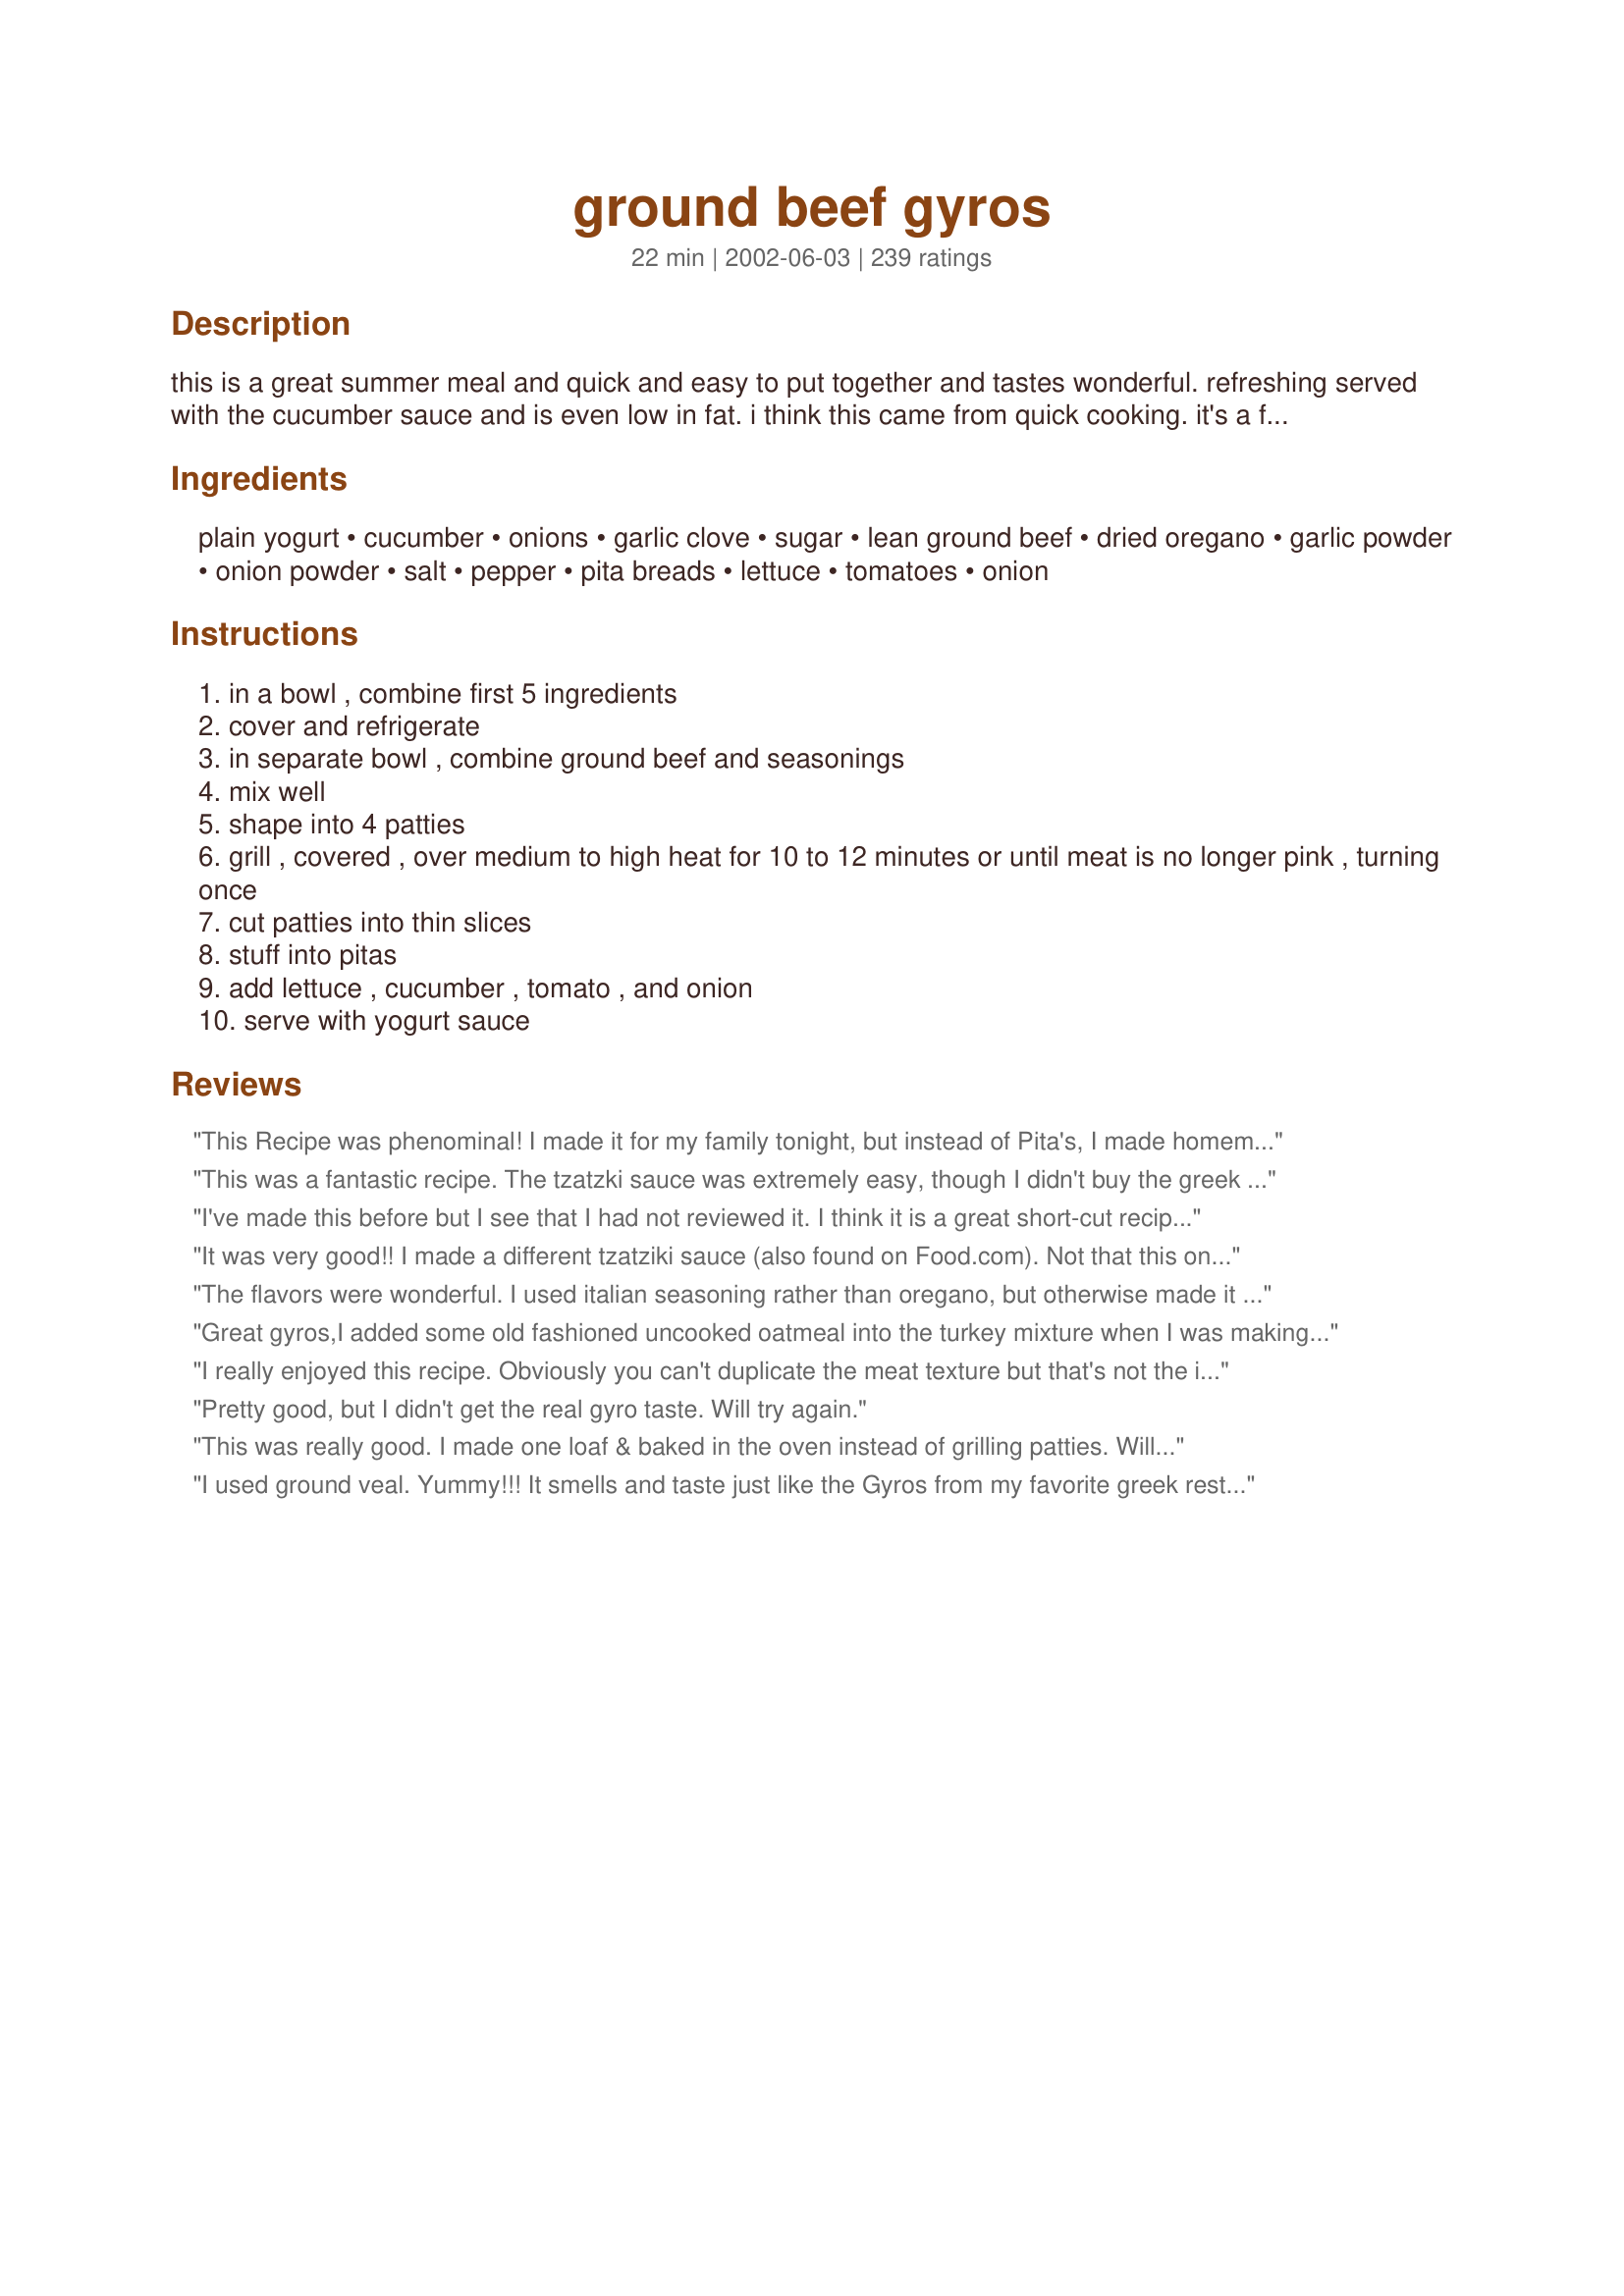
ground beef gyros
Preparation time: 22 minutes

this is a great summer meal and quick and easy to put together and tastes wonderful. refreshing served with the cucumber sauce and is even low in fat. i think this came from quick cooking. it's a favorite in our house.

Ingredients:
plain yogurt, cucumber, onions, garlic clove, sugar, lean ground beef, dried oregano, garlic powder, onion powder, salt, pepper, pita breads, lettuce, tomatoes, onion

Steps:
in a bowl , combine first 5 ingredients
cover and refrigerate
in separate bowl , combine ground beef and seasonings
mix well
shape into 4 patties
grill , covered , over medium to high heat for 10 to 12 minutes or until meat is no longer pink , turning once
cut patties into thin slices
stuff into pitas
add lettuce , cucumber , tomato , and onion
serve with yogurt sauce

Reviews:
This Recipe was phenominal! I made it for my family tonight, but instead of Pita's, I made homemade tortillas and it was great! Just like my favorite Greek Restaurant.
This was a fantastic recipe. The tzatzki sauce was extremely easy, though I didn't buy the greek yogurt I used regular plain yougurt that I allowed to drain. But the flavor was exactly what I was looking for and the recipe was extremely easy. The meat mixture was also very easy and delicious. I shaped mine into a sort of loaf and then sliced thin to serve, I baked for about 30 mins at 350 degrees. Also served this with greek pita bread recipe #203824. Thank you for posting cyrene, this was a great recipe.
I've made this before but I see that I had not reviewed it. I think it is a great short-cut recipe. The oregano really makes the difference. Today I am trying it with ground turkey and using the tip left in other reviews to knead the meat. (a little strange!) I also am baking it in the oven like a meatloaf. Tonight the oven works best but I think it will taste great either way. I'm interested to see how the texture comes out with the kneading. As written it had the texture of a hamburger.
It was very good!! I made a different tzatziki sauce (also found on Food.com). Not that this one wouldn&#039;t have been good. But the sandwich was awesome. The only substitution was I used ground turkey. I will make it again only next time try to find fresher Pita bread!!
The flavors were wonderful. I used italian seasoning rather than oregano, but otherwise made it exactly as written. The only problem I had was that the sauce, which I made up early in the day and left in the fridge, was much too runny.
Great gyros,I added some old fashioned uncooked oatmeal into the turkey mixture when I was making the patties and the texture came out really good,thank you for such a great recipe!
I really enjoyed this recipe. Obviously you can't duplicate the meat texture but that's not the important part for me. I thought the meat seasonings looked a little low so I doubled the oregano, garlic and onion powders and it turned out exactly as I would have expected. I love how easy this recipe is to make. <br/><br/>The only negative thing I have to say is that slices a hand pressed burger thinly is easier said than done! Mine sort of crumbled, but who cares it still tasted good.
Pretty good, but I didn't get the real gyro taste. Will try again.
This was really good. I made one loaf & baked in the oven instead of grilling patties. Will definitely make again.
I used ground veal. Yummy!!! It smells and taste just like the Gyros from my favorite greek restaurant. I am so glad I tried your recipe! This recipe is a keeper! Thank you very much for posting.
Yum! Served on wheat tortillas! The seasoning in the meat is great! I served them for our main meal, and feel that this recipe serves 4, not 12. I added salt to the sauce, too.
that was ok
We absolutely loved these! Easily adaptable for my family members who all have different taste. Will make again and again.
This was much better than I thought it would be. The sauce was great and the hamburger had really good flavor. My husband was really impressed and he's a chef. Thanks!
DH was loving these Gyros. He was even surprised it was ground beef. He sopped the sauce with pita and had himself about 3 helping. The meat is very flavorful...however the sauce I had some issues with. I doubled it and added 2 tsp of sugar. It was way too sweet. I panicked and started adding salt but it still was too sweet. I finally added some mayo and some Worcestershire sauce. That seemed to do the trick. I was happy the sauce turned out. It kinda of tasted like a BBQ ranch dressing. Next time going to take it easy on the sugar and will probably add some sour cream. This recipe is quick, healthy and very good. I can't wait to make it again.
Wow, this is a terrific recipe for Gyros. I wanted to use ground beef as ground lamb is so expensive and hard to find around here. You couldn't tell the difference in the taste! I think the oregano and garlic were the key. I almost added real onion instead of onion powder and am glad I didn't. Real onion would have made the meat too loose to cut into slices. Instead of making burger patties, I made it into one long low loaf and baked it in the oven at 350 for about 35 minutes. Came out perfect. It was nice and dense and as a result was very easy to slice for the sandwiches. The cucumber sauce was delish. I also used Recipe #79388 for the pita bread as it's such a delicious bread for gyros. My 11 year old dd was in heaven eating this. Thank you for posting. It will be a repeat in our home.
Tried your Gyros today and thought they were out of this world. I served them with Pita bread, grilled onions, grated cheese, lettuce and black olives. The Cucumber/Yogurt Dip went so well with it. Thanks for sharing!!
I am not going to rate this as I just didn't enjoy it at all. It tasted like a burger with suace on pita bread vs a bun.
It has possibilities. The sauce was OK, a bit bland for me. I think mint and lemon would brighten it up - a more traditional flavoring.
I love the flat pita and I did add the onion, tomato and lettuce.
The beef to me just tasted like a burger. I am going to make it again this week and add some traditional seasoning, using ground turkey and some cream and egg to give it a more softer (non burger like) texture. I think that along with the seasoning, which it needs a lot will make a difference. What I may try is making them in a small loaf and then cutting the meat. I think making them burger size really dried them out.
It is a great idea, but for me it just lacked flavor.
Sorry
Liked it, but probably would not make again as written. The cucumber sauce was a little bland, I'd leave out the sugar and do a mixture of half yogurt, half sour cream and then add some dill or mint w/a splash of lemon. The meat really held together nicely on the grill, and sliced perfectly so it looked really good presentation-wise, but it needed a flavor adjustment, maybe a Greek seasoning mix... something w/marjoram, lemon & pepper in addition to the other spices. This did smell very good when it came off the grill, and is a good alternative to a hamburger.
This was the third time I made this recipe and it was great. I did make some changes, in how it is cooked. I diced a quarter of a sweet onion and sauted it in olive oil. Then I mixed the beef up with the spices and cooked that in the pan. The result was similar to the consistency of taco meat. The taste was great and it was easier for us to handle. We just filled up the pita with meat, lettuce, tomato, sauce (which I got store bought), and feta. It was great! I added some chopped Kalamata olives to mine as well. Yum!
Thought it was crazy to even try to pass this one off on a family of true greek style gyro lovers. It worked, they loved, i laughed. They even hoped for leftovers the next day. Sorry. The sauce was not so easy to pass off, did add some sour cream adjusting, perfecto! Thank you for sharing. will be making more often. xxoo
generally speaking, I would say if you are going to try to emulate a Gyro with a mundane flavored meat like burger, you at least need to hold true to the spices that make it what it is. Marjoram, Rosemary, Thyme, Cumin etc... these are all flavors that this recipe is missing. Other than the normal 'fabulous four' of salt, pepper, garlic and onion powders this only has oregano. Not sure how this is actually supposed to represent the authentic version? You have basically created a poor mans hamburger on a pita....
These were ok. The burgers came out very moist but I thought they had too much oregano. I made the sauce as directed, but ended up adding some sour cream, salt and more garlic to make it more to our tastes. I'm giving this four stars because I really do like the idea and I will probably make these again playing around a little with the seasonings to make it more palatable to my family. Thanks for posting.
These taste amazing! I lived for many years closeto large Greek community and the best Greek resturants and bakeries. Since I've moved, I've learned how to recreate my favorites at home but I never did attempt the Gyro because I don't have easy access to lamb. If you like Gyros, you'll like this recipe. What a wonderful find. Thank you for sharing it :]
sounds bombycadonkles
I did not find that the meat had enough flavor, but the sauce was good.
I'm sorry. I just wasn't crazy about this. Not enough flavor for me. It was easy to put together, but I just don't think I will make this again.
REALLLLLLLLY good. the dressing was awesome, and the meat actually tasted similar to the gyro meat (spice-wise, just not as greasy). Although I couldn't figure out how to open the pita pockets, LOL, so they were more like "Gyro-Tacos". :) The only thing I'd try next time would be to use sweeter onions next time.
Very good. I made the meat into little meatballs and baked them as suggested by others but I found them to be a little dry. The flavor was perfect tho and DH wanted to know where I got gyro meat from. I did not use the cucumber sauce, I made my own since I know everyone likes it. Thanks for posting, I'll be making this again but next time as directed.
Not the real deal, but plenty close enough without having to drive 20 miles to get one...Flavor and texture are good...You make one big burger...What could be easier??? I like my own version of the cucumber sauce so that's what I use (posted on this site)...Will make again...
Thanks for the recipe...
These were very good. I prefer the ones on here made with Flank Steak, but these are good if I don't have the steak. Thanks for sharing!! :O)
5 stars for how easy it is to taste so good. This took almost no effort or prep. I broiled the meat in the toaster oven exactly as suggested and it was great! I feel like I didn't even cook dinner tonight, it all came together so nicely. Sometimes I am so tired after all the chopping and stirring and measuring and watching, that I don't even enjoy what I've made (I'm not one of those real chefs on this site), but this was great. Less work and healthier taste than simple burgers or beefy mac.
I love gyros and what a great way to have them. I do use tortilla shells instead of pita and sometimes just sour cream, onions and tomatoes instead of making the cucumber sauce. I have made these numerous times and have never rated it!! Its wonderful..my BF asks me to make these all time for lunches. I do make a oval meatloaf about 1" thick and bake for 350 for 30-45 mins. Sometimes I make 2-3 pounds of this! Its easier to slice in a meatloaf shape. Thanks so much for the recipe!!!
These are good. I didn't use the sauce because I didn't have yogurt..I had a recipe with sour cream. But still a thumbs up! Thanks for the recipe.
This was excellent, quick and simple. I donÂ´t think I will be using "real" meat for my gyros again.
SAUCE: 5*****, just perfect. I thought the addition of the sugar was odd (what do I know?), but is is definitely necessary. Very tasty! Thanks for posting Cyrene
My family and I loved this recipe! Although we did find the Tzatiki sauce to be to sweet and it didn't have enough cucumbers. The meat tasted EXACTLY like the lamb gyros we get from our local restaurant! Thanks for posting this recipe!!!!! We also think that the meat would make great hamburger patties.
This was an easy and tasty recipe. I added some mint and lemon juice to the tzatzki sauce (following one of the other tzatzki recipes here), but other than that made no changes. The meal was fantastic. They really taste like gyros, and I should know, I used to work in a Greek fast food place where we served them! I served this with spinach as a veg and made a complete dinner. Very tasty!
These were really good. I think next time I may try them with donair sauce instead. Thanks.
Excellent recipe enjoyed by all.I grilled the beef patties until done and served them on warm pita bread with all the toppings and rolled them up. My son said it tasted like his favorite gyro served at the mall. I did not add the sugar but used an equal amount of lemon juice as that is how I usually make tzatziki sauce. Will be making many more times.
I can't believe these tasted just like the gyros I get for take-out! My kids and I were amazed! I used ground beef and did as someone else suggested, making a flat, oval meatloaf and cooking it in the oven for half an hour or so. Let it sit for a few minutes and had no problem slicing it. And I added a bit of sour cream to the sauce, just for personal preference. Wonderful! My 11 year old ate four of them! Thank you for the wonderful dinner.
I was highly skeptical of this recipe since I've been visiting a local shop with wonderful gyros for many years now. Sadly, the shop closed last year and I've been looking for a new source for good gyros. I wasn't expecting much from something using beef instead of lamb, but it turned out extremely well! I added a bit more garlic than the recipe called for and used sirloin tip instead of cheaper ground beef. The sauce seemed to be lacking something, but I couldn't figure out what it was. Definitely a keeper though!
We absolutely LOVED this and it totally tasted like eating an authentic Gyro! I was SUPER skeptical about this recipe since I'm used to lamb gyros but I had a craving and had the beef...so I gave it a shot. I increased all seasoning in the beef by quite a bit (eyeballed it) and used Recipe #51983 (which was EXCELLENT!) for the Tzatziki. We LOVED, LOVED, LOVED it! My husband tasted the beef without the sauce and felt it tasted like a plain burger to him. I think you definitely want the sauce and the fillings to make this a true tasting Gyro. I served this with sliced onions and sliced tomatoes. No lettuce since I've never seen it served with lettuce in any of the restaurants I've eaten it in. GREAT recipe and will definitely make again. Thank you !
Very delicious! Even my Egyptian husband was impressed (which was exactly what I was going for)! I also think I overcooked the meat, but I'm still kind of a novice in the kitchen. For the sauce, I cut the sugar and added a little fresh mint. Overall, they were really a treat. I will definitely make them again.
These were very good! I made the ground beef into pita sized patties like someone else did. They reminded me of falafels in flavor and texture. The cucumber yogurt sauce was delicious!
Really good recipe! Like other reviewers, I used minced garlic and added a bit of lemon juice. I also substituted chicken for the beef. I was able to use fat-free yogurt and got the same creamy effect. Tasted just like my favorite diner's gyros! My husband asked that this be added to our dinner rotation. Yum!
Made these last night using my george forman grill to cook the patties. Followed the recipe except for adding lemon juice to the tzatziki sauce and eliminating the sugar. We all enjoyed this delightful dinner, perfect for a hot summer evening. Thanks for posting.
The sugar in the sauce is absolutely unnecessary but you must add a little Salt, Lemon zest, 1 1/2 Tbsp of the juice as well as Dill or Mint to make it authentic Tzatziki (otherwise as written it's blah/bland oh &amp; make sure you drain your cucs if you aren't using the sauce immediately bc it will get very watery/runny if you don't). In terms of the meat, if you want a real Gyro texture/look, add a half a cup of Oatmeal &amp; Knead for a couple of minutes (not 10 minutes as others suggested). No need to beat anything on the counter either (giggling at that one bc I can't imagine-20 minutes kneading &amp; beating ground meat???). The Oats will do the work for you, TRUST ME. Try adding some Allspice, Parsley &amp; Cumin to the meat mixture, they are great additions, again making it more traditional.
Nice change-of-pace sandwich idea for ground beef. We enjoyed these.
It is uncanny how much this recipe tastes like real gyro meat! My husband loved it! Next time I may sautee my onions before adding them. The sauce was wonderful too:) Thanks for posting!!!
This was grat. I shaped my patties into pita-sized portions and grilled, so they just slid right into the pita. I also doubled the recipe, using 1/2 beef and 1/2 pork and the results were marvelous.
I made this the night before last. My family loved it! My son, who really isn't a huge gyro fan, LOVED the ground beef version. I made the sauce as well and it was great, too! Will definately be making this one often.
Loved it! Used Recipe #79388 for the pita.
This was so easy to make the tasted like the real deal. The sauce was refreshing. I used Fage 0% Greek yogurt and added a little dill/lemon seasoning. Served with a greek salad, it was a fantastic meal on a hot day.
These were surprisingly yummy. I was upset when my husband ate the left overs. I added feta cheese and we ate these "open faced." That means I piled the ingredients on to the plate and put the pita on the side. I also toasted the pita in a toaster over. As suggested by another reviewer I added about 1 tsp of lemon juice to the sauce. I'll make this again!
I hate giving low stars but I was so excited to make these tonight but I didnt love them like I thought I would =[ The sauce wasnt that great to me and didnt really have that taste that im used to, and it was a bit runny. I grilled the ground beef on my George Foreman grill but it didnt have enough flavor....it needed more spices for my tastebuds. But I will say that it was a starting point and I will try and make homemade gyros again maybe with another sauce recipe and probaly with ground lamb with a bit more spices to it.
These were really good. My entire family likes them. I doubled the ingredients for the filling, used ground turkey and baked like a meatloaf. I have made this twice in the past month. Definitely a keeper!
Was very good. I made the tzatzki and beef mixture 4 hours prior to eating to let the flavors meld. I also doubled the spices in the meat. Was very good. SO refused to eat the tzatzki, which irritated me to no end as it really makes the dish......oh well was SO's loss and my gain!! Make sure to really WORK the meat and compress tightly to ensure it slices cleanly. ENJOY!!
I hafta agree with Valerie, this is nothing more than turkeyburgers in Pita bread with yogurt sauce instead of on a bun with hamburger fixins. Not bad, but definately not worth 5 stars.
DH enjoyed this take, although he did say the meat was dry. If you're short on time just use that store-bought Greek seasoning! Just don't add any more salt. We used the tzaziki sauce found on this website instead of the one included with this recipe, at the advice of other reviewers. It was all great! This will become part of our rotation for sure.
WONDERFUL!!! I have made several times and they are always soooo good. Have also made w/ ground turkey. I like to add a pinch of thyme, cinnamon,and allspice to the filling. For the sauce, I use greek yogurt (thicker), omit the sugar, and add a little evoo, salt, and lemon juice. I use my George Foreman Grill and they are perfect everytime! I serve w/ roasted potatoes seasoned w/ greek seasoning and you can't ask for anything better-yum!!!
Delicious! Since a lot of reviewers were complaining about the hamburger taste, I added half of a ground zucchini to the meat. It turned out great! I also made homemade flour tortillas #204109, which are better than pitas any store bought tortillas. For the sauce, I used recipe # 129930 since I had all of its ingredients on hand. The only other change I made was to add feta cheese. It came together well! Next time I&#039;ll add banana peppers and kalamata olives. Thanks!
A great and simple recipe when I'm having a Greek craving! The meat is extremely flavorful and makes the dish perfect. (We did ours under our broiler - no grill!) I actually decided to go a little bit crazy and make pizzas by adding some ricotta cheese, spinach and black olives along with the meat on top of the pita breads and baking them in the oven for a few minutes. Used the tzatziki sauce drizzled over the tops. Definitely a keeper - thanks so much for the idea!
This was fabulous!! I used the cucumber sauce from "chicken gyros for 2" except that I used 1/4 tsp minced garlic & used basil instead of dill. I made this into a "wrap" with a whole wheat tortilla, and used lettuce & some red onion. I used only a little garlic salt. It was a very "full" wrap, but so delicious. I was so crazy for the cucumber sauce; really added great flavor. Will have again for sure!!
This made a great meal and was quick to make. I liked the yogurt sauce..very tasty. I over-cooked the beef a little on the stovetop but it was still great. Thanks for posting this!
I like this a lot, especially the sauce. For some reason though, the meat wasn't as flavorful, even though the ingredients used are fairly strong ones. If I make this again, I think I might double up on the seasonings. Even still, it was a nice change from normal lunch sandwiches. Thanks for the recipe :)
A simple, easy weeknight meal. I made it with arabian pita bread (Recipe #17977). The yogurt sauce was excellent. After we ran out of the beef we continued to dip the pita in the sauce. The family declared the sauce "da bomb".
I used another recipe for the tzatziki sauce. But the meat was delicious! I made it with ground turkey, and grilled it. I made some pita bread to go with it. Even my toddler loved it! Thanks for a great recipe!
This is definitely a keeper. I used a whole cucumber (peeled and seeded) for the sauce and 8oz of sour cream instead of yogurt. I kept everything else in the sauce the same. The sour cream made it slightly too thick, so I sprinkled it sparsely with salt a few times to help draw some liquid out of the cucumbers, helping to make it a little thinner. This was perfect. I also added a few dashes of pepper to the sauce. I kept everything exactly the same for the meat patties, but I used naan from the bakery instead of pitas (next time I want to make my own naan for this). After the patties were grilled and sliced, I laid a slice (piece?) on naan on my pannini press and layered meat and thinly sliced onions on it. I put on the top naan layer and closed the press for a few minutes. After removing from the press, I added the sauce, tomatoes and lettuce between the naan and closed it back up. My husband and I lived lived in Germany for a few years and there were kabab (gyro) stands on every street corner. We fell in love with them there, and this is so close to the taste we remember. Fantastic!
Thankyou this was a great recipe! I shaped the meat mixture into a log and baked it in the oven for 35 minutes as suggested from another reviewer. I used prepared tzatsiki sauce and topped it with diced tomatoes, red onions and black olives. I will definitely be making this again...we really enjoyed it. I have uploaded a photo for you as well:)
I'm definitely won over by this recipe! I used ground beef, had trouble splitting the patties in half so served a whole pattie in a pita half as a glorified hamburger..did it ever taste good with the cucumber/yogurt mix slathered over it and all the trimmings. Actually, I used naan bread in place of pita bread which was an equal substitute since it splits down the middle same as pita..I'm going to add more trimmings next time we have this, as some other reviewers have suggested..thanks for this recipe!
This was very easy and tasted wonderful...my better half ate all the patties and declared it a winner in his book.
Used ground turkey and this was fantastic! Thanks so much for giving us a healthy option for a craveable treat!
After experimenting a bit with this recipe, I have found that using half ground chuck, half ground lamb, mixing up the meat with the seasonings and letting it sit in the fridge over night, works the best. For the tzatziki sauce, I buy it at Trader Joe's. Thanks, Cyrene.
Oh my goodness! This was wonderful, yummy and so easy! I was thinking about gyros all day, but didn't have any lamb. Luckily I found this recipe, and am so glad that I did! I quickly used the leftovers to make myself another pita for lunch tomorrow... unless I eat it before then... it's just that good! Thanks so much! :)
Beyond bland, all the way around.
Quick and easy! These will be a staple in my house from now on! DH2B liked the sauce- even though he doesn't really care for onions or cukes. Silly man! These hold up well for left overs too.
The cucumber sauce was very good. I increased the garlic to 4 and it was the best tzaziki-type sauce I have had in a long time. I wasn't overly crazy about the gyros themselves with ground beef - I think they would be much better with chicken and will modify accordingly next time. Thanks for sharing.
Yum! I love gyros and don't feel like going to the mall just to get one (why don't we have Greek drive-thrus? lol). So, I tried this and it was very good. I was surprised I must admit. I served them with tomato and onion and the sauce with a nice greek salad. Delicious!
Excellent!!!
Love Love Love this recipe! I love gyros and this lets us have them without all of the fuss.
This was great and done in around 30 mins. So easy and totally satisfied my gyro craving. I recommend using Greek style plain yogurt for better sauce consistency. Also, I added a splash of lemon juice to the sauce. Otherwise, followed the recipe exactly. This has made it way into the rotation!
Delicous and easy! I also use Morning Star Farms burgers seasoned with Greek spices in place of the meat when in a time crunch. We have this dish at least once a month. It's such a healthy all in one meal. Thanks!
What a nice change of pace from hamburgers! My entire family enjoyed this meal. I took the advice of other reviewers and prepared the sauce and the meat a few hours in advance so the flavors were enhanced. I think I may try this recipe with boneless chicken breasts!
We LOVED this!! It was very good, and even my 2 1/2 yr old ate a lot of it, and she is SO picky! My 14 month old liked it too!! (in very small bits!) DH thought it would be hard to cut so he wanted to just crumble it, but I made him try, and he said it was so easy to slice it! We will use this again for sure, but we'll 1/2 the sauce next time, tastes great, it's just too much for us!
I can't believe it....we raise cattle, so I never had any use for turkey burgers, but age is forcing a diet change and I made with ground turkey. This was great! Although I altered Yogurt Sauce, replaced sugar and onions with dill and lemon, onion seemed a bit redundant since it was a garnish in the pita. Wife and three teenage kids enjoyed very much and appreciate a healthier lunch. Thank you
I was excited to make this but they turned out just "meh" I think mine would have been improved if: I had used a higher fat content meat and/or maybe tossed some chopped onion in the patties. Also I used whole wheat pitas and that was a bad choice. It contributed to the dryness. The sauce was excellent, however it didn't compensate for an overall dry dining experience
TRULY OUTSTANDING!!! I love gyros, I never thought I could get that same taste at home with ground beef, with this recipe you can. I followed the recipe exactly, however I did use ground beef not turkey, they were perfect. Thanks for sharing.
Very Yummy!!!! I sliced my patties and stuffed in pocket. I have told everyone about this wonderful recipe.
Wonderful, just wonderful!! My entire family loved this, even my dd.
Oh yes! I love gyros and haven't had them in so long. This recipe is wonderful; I can't believe how much they tasted like the real thing, even though they are made with ground beef. I added 2 tablespoons of sour cream to the sauce (and even a non-cucumber eater ate it and said he should have put more on it). I broiled the patties in the oven, cause I was too lazy to start up the grill. I also added some cubed feta cheese to it, served in flat bread instead of pita bread alongside a simple Greek salad. I managed to beat everyone off so I could have the last one for lunch today; I too will have to make a double batch next time. Thanks for a wonderful recipe!
this was amazingly good! my husband and I ooooed and aahhhhed all thru lunch! We added a little hot sauce on top for anyone who likes spicy. Also good with oven baked fries!
We really enjoyed these. The spices for the beef were just right and the yogurt sauce was very yummy. This is a good recipe for ground beef!
This was a delicious recipe, the only reason why I gave it four stars is because I had to make some modifications as suggested by other reviewers. For the meat, the smell wasn't quite there (pre-cooked) so I added some cumin, italian seasoning, oregano, onion salt, black pepper, and garlic powder. Then as suggested by another reviewer I kneaded the meat for about 10 minutes and pounded it on the counter for 10 minutes (I believed this gave it the gyro rotisserie look, as my first batch I omitted this step and it resembled a cooked meatloaf texture) forming afterwards into a rectangle loaf. <br/>Now for the Tzatziki sauce: I used 8oz of plain greek yogurt, minced cucumber/garlic (used about 3 cloves), salt/pepper, and a pinch of dill (might use a little lemon juice next time).<br/>Aside from that we topped them off with baby spring salad mix, tomatoes, feta cheese on grilled Naan bread (which I brushed with homemade bread oil).
We really enjoyed this dish! I doubled the sauce and used the leftovers as a salad dressing - yum!
WE LUV Gyro's, so I made these for supper tonite & they were pretty tasty!. I thought the sauce was a bit weak tasting from what I'm used to at the local Greek restaurant, so I doubled the cucumber, added a tsp. of kosher salt & a few herbs...PERFECT!!! The wife isn't crazy about anything "turkey" & I couldn't find any ground lamb, so I used ground beef. I've never had lettuce on a Gyro, so I omitted that. Other than that, 4 STARS & will DEFFO make again, but with ground lamb....I hope. THANKS for sharing!!!
I have a tip for the sauce. Take a soft thin cotton material, place it in a colander, and empty the yogurt into it. Cover the yogurt with the material, and squeeze. Place the yogurt into the fridge for a couple of hours. Transfer the yogurt to a bowl and add olive oil, salt, and lemon juice to the recipe, and omit the onions and sugar.
This was a hit! Thanks. Although I used a different recipe for the tzatziki, the meat turned out great and really tasted authentic :D
This was great, I can survive when we move back to the states. The patties are super easy to make, but will have to double the recipe next time. I used a different tatziki recipe as this one didn't sound like the tatziki I am use to, I used a little olive oil and vinegar eliminating the sugar.
My family loved this, they already asked me to make more to keep on hand(hoping it freezes easily, I will update that later).We also made the Greek pita bread ourselves so I thought it really compared to take out with a far greater savings. I thought the sauce really made the dish. Thanks for sharing.
WOW! WOWOWOWOWOW! This was KILLER! Only change I made was a touch of salt and lemon juice to the sauce....personal preference. I used extra lean ground beef and it was super juicy and flavorful. Prepared with 1/2 pita, fat free yogurt and extra lean ground beef was only 7 Weight Watcher points. OUTSTANDING!!!
Its fast and so yummy! I love making this in the summer. Refreshing.
This was great. I added fresh mint to the tzaziki sauce, and used honey instead of sugar. I also used fresh garlic and extra herbs in the beef mixture. The recipe says it serves 12, but one pound of beef just doesn't go that far in my house - it ended up making about 5 servings. Thanks for the yummy and easy recipe Cyrene!
We just didn't like any part of this. Sorry.
I have made this a couple times now and it is great! The only thing that I do different is the sauce, I grate the cucumbers and then squeeze as much juice as possible out of them before mixing with the other sauce ingredients and ad a dash or two of celery salt.
These were not bad at all. I did not however make the sauce just based on our taste preference but we loved the flavor of the meat. Thanks
Used Venison for the Meat, added 1/4 tsp more of everything to the meat to help with the Taste. Was Great! We will be doing this one again! :.)
These were good for sandwich night, but I found the hamburgers a bit dry and hard to slice, but I may have left them in the broiler too long. I also bought the wrong kind of pitas - bought Greek pita bread instead of the other kind, so we just added everything on the pita and rolled them up like burritoes -- good and fillling. I also found the dressing a bit too different for our tastes - maybe next time I'll try it with sour cream instead of yogurt. These were good for a change of pace, but I think we'll go back to traditional hamburgers. Thanks for sharing!
A great meal for the summer when you don't want to use your oven!
The tzatziki sauce was not that impressive. The onions were overpowering. I had to add one tbsp of extra virgin olive oil, 1/2 tsp of salt, and 1 tbsp of fresh lemon juice. These additions helped a great deal, but still no where near the amazing sauce I get from the restaurant. The meet turned out great on the other hand.
Great recipe! Superfast and easy, the whole family enjoyed them. Wrapped some flatbread in foil and heated on the grill while the meat was cooking. Will make again. Thanks for sharing the recipe!
REVIEW ONLY FOR FILLING RECIPE: After reading some reviews, I tweaked the recipe a bit to ensure there was enough flavor; I used 1 1/2 tsps each of oregano, garlic powder & onion powder, 1/2 tsp salt, 1 tsp pepper, & a couple dashes of parsley. I broiled it as per instructions & it tasted GREAT.. it really tasted like a gyro! Served w/diced onions, tomatoes & lettuce alongside homemade onion rings for a Greek diner dinner, minus the diner! Didn't get to take a photo, but it looked just like Pam-I-Am's photo! =D Thank you for a great basic recipe to satisfy my gyro cravings!
A very tasty and easy recipe! I was pleasantly suprised to find the flavor is really like gyros! Instead of grilling the meat, I cooked it in a skillet, breaking up into coarse chunks. For the sauce, I used low-fat yogurt, and added a little lemon and pepper, but no sugar. Everyone in my family loved it!
These were great! We will definitely make them again. Thanks for the recipe!
so quick and easy, a great change from burgers. The first time i made them too large for our pitas, but practice makes perfect, and certainly look forward to many more practice runs!!
My son is impossible to feed. I made this on a George Foreman Grill, it was delicious and my son LOVED it. Yay! thanks for the great recipe.
Scrumdiddlyumpshus! I used minced garlic instead of powder, and onion salt instead of powder and salt. It's great! I wasn't overly thrilled with the sauce as I found it a bit too sweet, but maybe without so much sugar? I'll definitely make this recipe again and THANK YOU FOR SHARING IT!!!!!!!!!!!!!!!
I can't wait to try this - will try it using part ground beef and part ground lamb. I'll probably eliminate the sugar from the sauce and add some sour cream and serve on the flat pita bread not the pocket type. With a greek salad it should take me back to my favorite greek rest. the Greek Isle in Plano, TX.
I used the broiler for stated time, came out awesome, looking forward to making this again, thanks!
Something's weird here. Your recipe calls for &quot;Chopped&quot; onion and then later &quot;Chopped&quot; onion...What did you use in your picture a pick axe? Those are not &quot;chopped&quot; onions in your gyros. Why show a picture and then not be accurate with the ingredients?
Just my 2 cents worth. They are great and we really enjoyed them!
Love this recipie. I use turkey for health reasons. Great recipie when you want something good but simple. Great for entertaining.
Very good recipe. My husband and I enjoyed this. I did add a couple gernerous shakes of salt and pepper to the sauce though. We will be making this again. 
Thanks for sharing.
This was awesome. I followed this recipe exactly as written except I had to use Italian Seasoning since I didn't have Oregano. It was delicious! I used ground pork since my grocery store was practically giving it away, and it was easy to cut. This will be made many more times!
Loved this. Such a great change of pace for my family...totally going into the rotation. Just make sure you make the sauce as far ahead of time as you can. Then it really doesn't need lemon juice or other adjustments...just time in the fridge for the flavors to develop. I made individual pita size patties and broiled them in the oven for the meat portion. It worked wonderfully and my whole family enjoyed it.
Thanks for the gyro recipe! I used this recipe#59336 recipe. So my review is based on the meat only. I thought the amount of oregano was a bit overpowering. So I will reduce that next time. I also had the problem of the meat falling apart. I think I'm going to experiment and try putting 1 egg in the recipe and cooking more like a meat loaf. If that does not work I will use the other suggestions of putting into 1 large flat patty. I might even try using ground turkey because we eat that more. Thank you so much for the recipe! It was nice to have gyros at home rather then driving 30 min to get them!
These were really good. Even DH who loves traditional Greek food said they were good. I followed the list of ingredients but I also used the preparation method according to recipe #285900 by kneading and smashing the meat because I wanted the right texture. I formed the meat in two small blocks and grilled them. Once they were grilled the logs were sliced thin and put in Pita breads that were topped with thinly sliced red onion, garden fresh tomatoes and recipe #59336 by Evelyn/Athens. Not being a lamb lover, I finally have a Gyro I can enjoy. Thanks for posting!
Yum!!!! I made this for dinner last night and liked it so much that i had to make it again to share at work for lunch today. The second time around i did make some adjustments. I have non cucumber eaters so i made a sauce with yogurt,garlic powder, a squirt of lemon juice and chopped fresh mint. I added 1 1/2 teaspoons dried parsley to the meat mixture. I formed the meat mixture into 1 large oval patty about 1 inch thick and baked it in the oven at 350 degrees for about 45 minutes.I added sliced cucumbers along with the other vegies for those who wanted them. Everyone at work asked for the recipe. Thanks for this easy, quick and very tasty sandwich.
This is my Hubby's new FAVORITE! He and I absolutely loved it ! I really think to pull it off, you must have all of the fixings and don't be shy at all with the seasonings. It may seem like a lot of seasoning when you are adding it, but you really do need it. Excellent!
These are awesome! If you can find it, use Mediterranean Oregano. It is delicious! I followed someone else&#039;s instructions and squished and rolled the meat for 10 minutes before baking for 35 minutes at 350. So tasty! Thank you for posting this recipe!
Changing my review from 07'. This recipe has become a favorite in our household. We mix it up with chicken, ground lamb (YUM YUM) or ground turkey. We tend to use fresh onion and garlic and for the sauce we use greek yogurt and a little dill. We don't always make patties and it does seem to be quicker that way without changing the taste. Thank you Cyrene for 2 years of yummy and inexpensive gyros.
Love this recipe. Will make this again and again!!!
Really good, quick weeknight meal. My entire family loved it! Served it with trader joes tzatziki and greek pita. Greek salad on the side, great dinner.
Well I'm really sorry but we found these absolutley without taste! They were very dry hamberger and couln't taste the garlic or onion powder, perhaps we're used to fresh garlic and onions. We also found the sauce very mild and too sweet. Quite disappointing after reading all the rave reviews, sorry but we would'nt make these again.
I had a hankering for some gyros for some time. This recipe filled the void. Worked out really well. Not sure if anyone else tried this, but I but the meat mixture in a loaf pan filled about half way up and put in freezer until just firm. Took out and sliced width-wise (about 1/4 inch thick slices) and pan fryed in a bit of olive oil. Great recipe.
This is so easy and tasty. I used ground turkey, left out the sugar in the sauce and used garlic salt in place of regular salt. Super yummy. I love that I can recreate one of my favorite foods so easily at home. Thank you for sharing.
Very tasty, even on a cold day in January! I used drained fat free yogurt for the sauce and added only a sprinkling of sugar, and a sprinkling of salt, too! Baked the patties in the oven (200 C for 15 or so minutes). This made for a lovely meal - will definitely make again! Thanks for posting!
The Greek yogurt sauce, traditionally called tzatziki, is one of my specialties.

For this recipe, I would suggest omitting the onion and salt, and adding about a teaspoon each of olive oil and red wine vinegar. Add a pinch of salt and pepper. For the finishing touch, I like to add about a teaspoon of dill; but if you're not a big fan, mint is the traditional herb. I would suggest adding one, or even both!
Kids loved it. I didn't make the yogurt sauce but used sour cream instead. Also used Greek pita flat bread. I also grilled the onions in the with the meat. Didn't have any lettuce on hand so I used avacados instead.
We loved it. Tasted just like gyros at our local Greek place. I substitued venison for the ground beef. I doubed the recipe and placed in in the fridge for a couple of days to let the spices meld. I also make the Pita Bread #60108 to go with these. I made into oblong patties to fit pita and did not slice. Did not use lettuce.
Awesome and easy to make--Who would have thought that something so simple would taste so good..and satisfy a craving for gyros..thanks for the recipe
I made this last night for dinner and everyone loved them. I will definately make this again. We thought the sauce was great, not too sweet. thanks!
Nice change of pace burger with good taste. I used ground beef and green onions and made them under the broiler. I only used 6 oz of yogurt since that is the size container now sold in the store. I served these as burgers in a half pita. Thanks for the recipe.
This is VERY much a Greek Gyro recipe. I did however, find that the meat had very little flavor, but I also left out the salt. Won't do that next time. But the sauce and the rest were wonderful! I just need to find out how to make the pita bread all light and fluffy, because even heated, mine was kinda stiff. 
Anyway! A+ recipe. Can't wait to try it again! Even hubby said he was willing for another shot, since all the other flavors were exact!
I used ground turkey and thought the spices were just right (except the salt, which I think was a bit much so next time will add it after cooking).
Really great flavor! I didn't use the sauce recipe as I don't like cucumbers. I instead used Recipe #244082 Swiss Chard Tzatziki which worked really well. I also followed the oven method and patted this into a round 2 inch loaf and cooked at 350 degrees for about 40-45 minutes. I like mine a little more spicy so I think next time I will add more pepper. Thanks for a great dinner that DH and his friends totally inhaled!
I had saved this recipe a while back and am so glad I got around to making it! I opted for lean ground turkey. I'd never had a Gyro before, but DH was 'more than impressed' that I had got the seasonings right b/c they tasted just like the ones he orders while up in NYC. Thanks Cyrene, these are great and quick! I did notice that the yogurt sauce was much better the 2nd day after sitting, so going forward I'd likely make it ahead of time.
Yum! I made it with ground turkey, bbq'd it and just chunked it instead of slicing. I love that we can now have clean eating gyros Thank you!!!
What a great recipe! I ended up putting the meat in my Cuisinart along with the little Parsley and all the other ingredients and pulsed it for quite sometime. This gave the texture of gyros that everybody likes. The flavor was there and I can&#039;t wait to try it with ground lamb! I too made Olga Bread and it was phenomenal.
I was really surprised at how good this is and how easy it was to make. Rather than grill "burgers", I just made a meatloaf and baked it. I think this made it easier to slice thin. The sauce is also good.
Only made the filling. We all loved it.
I used ground turkey. I used the suggestion from other reviewers and slammed the meat mixture on the counter for about 5-10 minutes to make it dense. WOW, it was a winner in our house hold. I did spruce up the cucumber sauce.
This was really good! We used greek yogurt in the sauce and it was delicious! The meat was very flavorful, we served this on naan. Thank you for sharing this!
This is something I have been craving for months.There is no place to get these in my Northern Ca town Redding that I know of.Becareful not to over cook the meat as it will dry out. Used my panni grill and will do it again.I only had dried Mexican oregano so I smashed it in my palm. I never realized it was the oregano that gave the meat it flavor. Great recipe will make often. Thanks
These were pretty good. I had never had a gyro before, but my husband has and he loves them. He said the seasonings on the meat was perfect...everything was great. The only thing he decided he'd change (or have me change next time I make them ;) ) is more cucumber in the sauce. It just seemed really yogurt-y. I think that next time I will use more cucumber and put it & yogurt in a food processor to mix it evenly throughout. I really enjoyed my first gyro! It won't be my last!
Perfect, easy dinner when you're wondering what to make with ground beef.

I put the mix of spices and salt in the coffee grinder, adding also a little coriander seed, then worked that into the ground beef with a little olive oil, though I didn't have time to marinate it.

I made one large flat patty and grilled it under the broiler in the oven, both sides, then cut it in thin slices. The taste is perfectly like take out gyros!!

I did skip the sugar in the yogourt - it really doesn't need anything else to be FABULOUS.
I used ground turkey for this recipie. While browning the turkey, I ended up doubling the onion and garlic powder b/c of personal tastes. I followed the advise of some other user reviews and made the sauce the day before, so the flavors would have time to mellow. I used greek yogurt instead of regular yogurt, garlic powder instead of fresh garlic (this was not my preference, but my fresh garlic had gone bad) and I didn't add the sugar to the sauce when it was made. However, i ended up adding the recommended amount of sugar to the sauce while I was making the filling b/c the sauce was still a bit too tart, and it really made the sauce delicious. Instead of making patties and them slicing them after they were cooked, I just let the meat stay as crumbles. We ate them on some flatbread wraps we bought from the store. The gyros were very good-not quite what you get in a restaurant, but they were definitely good for home-made. We will be adding this recipe to our repertoire. Thank you.
These were great! It smelled just like a real gyro because of the seasonings. It tasted great too!
I put cucumbers in the pita too. Good stuff!
Very good recipe. It is a bit deceiving though because your recipe makes 4 sandwiches, however the nutritional calculations are for 12 servings? Anyhow, I recalculated in my private recipes and tweaked a bit to lower the fat. I made 6 patties instead of four and used lowfat yogurt. The rest remained the same. New numbers were: 265 calories and 9 grams of total fat per serving, but still very do-able for those trying to watch what they eat. Very tasty. Oh yes, and I added dill to the cucumber sauce as well. Thanks for posting!
this was so easy and my husband loves it! We had it two nights in a row!
My kids really enjoyed this meal. I didn't make patties, though. I just cooked up the meat, defatted it and add the herbs and other seasonings and cooked a little more. Used shredded cabbage instead of lettuce.
Wow, we loved this. I double the whole thing and served them on homemade naan-type bread. Great!
I love the challenge of a new recipe...staying busy, plotting and planning.
It makes me forget that I&#039;m growing older. Speaking of older, where was I...ohhh the gyro...this one&#039;s a real keeper!
Pretty good recipe! My picky children loved them! I prefer stronger spices and a different sauce....but all in all, not a bad quick yummy substitute. Thanks!!
Really good, next time I will increase the cucumber in the sauce and decrease the onion. It was tasty and since I am not eating bread I made mine into a salad, my husband loved his pita and thought this was a fast easy option. I will make it again for sure. Thanks Cyrene.
Very good. The yogurt sauce was excellent. The meat was a little bland. I had trouble slicing it. Maybe my knife was not sharp enough. However, we enjoyed the meal very much. THANK YOU.
Yes! Being that there isn't a decent Greek restaurant within miles of here I was so excited to find this recipe. I wasn't disappointed either. I used ground turkey and Recipe #51983 and it was utterly divine!
Rating is for the meat only; I made these into meatballs and baked in the oven. I think next time I will add a little cinnamon and allspice to include those yummy Greek flavors of the Gyros I love. Served over spinach with kalamata olives, sliced onion and topped with Feta Dill Greek Yogurt dressing. Delish! Thanks for sharing.
I also had difficulties getting the meat in the pita bread. The meat mixture was excellent but I found the sauce a little sweet. 
However, this was the first time that I have ever had a gryos so my 
review could have been better. Thank you,I will probably make these again with some of the others' suggestions.
I've made this a couple of times now and I love it. Tip for those of you who have had trouble with the meat crumbling or falling apart; use a food processor to mix the meat up and it has a much denser consistency and will not fall apart. Enjoy!
Thanks for an easy mid week dinner Cyrene. But for us it was an okay meal for us, but nothing to rave about. Thanks again.
I love this recipe. I know it may sound weird, but we like Ken's Creamy Cesar dressing on the Gyros. I found that using a serrated knife keeps the meat from falling apart. (I carefully cut--similar to cutting bread.) I also make Olga Bread like others have suggested.
This was so good. The meat was wonderfully flavored. The only thing that I did different was to use the Tzatziki sauce Recipe #83189, because it looked a little bit more authentic. Anyway, the meat really was amazing. I will definitely use this recipe again!
Just okay for me. Used ground turkey instead of beef-also did not make as gyro. Served with warm pita bread and Greek Salad. Will try with ground beef next time! Thanks
My husband and I really enjoyed this. It was tasty and easy. Next time I'll leave out the sugar in the yogurt. Thanks for a different tasty meal!
Nice change from a regular hamburger! The flavor was great!!
Very good. I made it in a small loaf and baked at 350 for about 30-40 min. Let it cool, sliced very thin then reheated in hot cast iron.
Thanks for posting
This eview is of the filling only. Pretty good, a little dry. I definitely went heavy on the spices, which was a good thing. Will make again, very easy and not too heavy. Served with oven-baked fries.
These are really very good. I thought they were just a little bland and next time I will add some lemon juice and use real garlic in the meat. I did not have tomatoes, it is the middle of January and I don't like pink styrofoam tomatoes. I will try this again in the summer when we have our own ripe tomatoes and I am sure it will be better. I added a few sliced kalamata olives, could use black olives. Also next time, I am going to add some feta cheese.
Easy and quick to make. Used my foreman grill. Healthy meal. What's not to like.
Very Good and Super Easy. I used a little less sugar and red onions and cooked my burgers on the stove. Dinner was on the table so quick. Thank you for a different meal using ground beef.
I thought this was a delicous quick meal. Very simple to make. I will definitely make this again.
We thought the tzatziki was right on the money. It was fantastic and I will use this recipe for it from now on. However, the beef was really bland and we were very disappointed with that. I had a hard time getting them sliced "thinly." We may try these again adding more spice. Thanks!
Great recipe!! I also used minced garlic. I'll make it again for sure. Super easy & super good!
This was great for all the hot days we've been having. Served it to some who have never had a real gyro and they were impressed. I loved the flavor of the both the tzatzki sauce and the meat filling but I had a problem getting the hamburger patties to slice into strips without breaking apart. Next time I may just make them pita sized like one of the other reviews. Thanks for a great summertime recipe!
Really good. Used extra garlic. Skipped the sugar. I used ground turkey. My entire family loved it. Thanks.
I love love love this recipe! I thought I had reviewed it a long time ago. I use ground turkey for less fat, but otherwise I follow it as written. (with my own taziki)

We have these on the grill or the grill pan about 1/month.
I have found the secret to a great greek yogurt sauce (tzatziki) is to cut the yogurt with a bit of sour cream. Also, I like to omit the sugar, add a bit of lemon juice, mint, and fresh oregano - yum! Slather that on top of these delicious pitas and you're in business!
This was very yummy!! All the flavors that make you drool and want more! My husband took a bite and said it was a winner!. I wished I had this recipe when I was pregnant and craving gyros with my 1st-born!! Very easy to make too!..
Great recipe! Super simple, made it with ground buffalo! Will definitely make again. Did recipe as written, except I followed one reviewer and added lemon juice and mint to the tzatiki sauce. YUM!
Great for a low fat version! I also doubled the spices and used ground turkey instead of hamburger and Fat Free Sour Cream instead of yogurt (that's what I had on hand). I also added 1/4 tsp of dried dill to the gyro sauce. I will definitely be making this again instead of giving in to the high fat of lamb gyros. Thanks, Cyrene, for a great alternative.
Outta control delicious, easy and fast. I found everything at Target food section. I&#039;m in love! Saved me from a night of spaghetti... Only modification, I blended the yogurt mix w cucumbers for added flavor
I always pick recipes with great reviews and normally I give yet another. This one was not one I really loved. It was not bad, but the meat to me was blandish. I used extra lean ground beef, mabye that was my problem?
 
 I did however find the FLAT pita bread, and realize that I LOVE that stuff! Very good! I also liked the sauce for the meat, but next time I will search for a recipe with more spices, or add some feta cheese maybe for more flavor
Very easy and tasty weekday meal. I cheated and made them more like ground beef tacos, so I am not rating on meat consistency, but flavor. I found them a tad too peppery and might cut it in half next time. The sauce does help cool down the spiciness though. Will definitely make these again!
I did a buffet style dinner and this was the main meat course. I fried up the ground beef with the spices rather than cut up cooked burgers (made it easier I think). I served them with the added goodies in a form of hot dog bun. This was much easier than trying to stuff a pita!! I made the "sauce" with added mint and lemon juice, the day before. All in all a great little dish I doubled for 8 people. Very little left overs too. Thanks Cyrene
I have been making these for a couple of years now, and I can't believe that I never rated it! These have a really authentic Gyro taste and I really enjoy it served with tzatziki sauce, spinach, and tomatoes on a pita. To save time and effort, I skip the step of forming into patties and just brown the ground beef and add seasonings.
Didn't like it all! Sorry
This was so good! My son thinks we should eat these Gyros every day. I added a little lemon juice like someone suggested. I actually have more meat cooking now to make more! Thanks!
Excellent. We use fresh garlic in the patties. Thanks for posting!
We really enjoyed the taste of these gyros. I had the same problem stacylu described when I tried to slice the patties. I think I will probably just brown the hamburger and serve it in the pita like taco meat. I used half the sugar because we don't like sweet. Thanks for a good dinner, we'll be making this again.
Very, very good! I really enjoyed the seasonings in the meat. The only thing I would like to work on is the sauce. Plain yogurt tasted just a little too thin.... still looking for a way to make it a bit zestier and creamier. Overall, a delicious recipe that I will make again!
The recipe for the gyros themselves was wonderful! I'm so excited to make this again. I'm so happy we can enjoy something that we used to only be able to eat when we wanted to splurge and spend the money eating out. Thank you!<br/><br/>However here is why it only got 3 stars!!!<br/>I don't mean to sound rude but I thought the sauce was horrible. I have had Tzatziki Sauce from many different places and none of them tasted anything like that. This sauce taste like sweet yogurt with cucumbers in it :( I have researched many different Tzatziki sauce recipes now and would like to warn others that if you want it to taste like something you've eaten at a restaurant use a different recipe for the sauce! The one I like best uses plain yogurt or greek yogurt, salt, cucumber, onion, garlic, lemon juice and most importantly DILL! No sugar!
OMG I love Gyros I am so glad I found this recipe I have not made it yet (we are having it tonight) but I will let you know how it goes over here.
The first time I made this, I thought that the spices with the meat would be too strong for my liking. I was wrong. It was good, but I could tell that the recipe could use the extra spice.

Made it for the second time tonight as written in the recipe. OUTSTANDING!!!
Very tasty version of Gyros. My DH is allergic to lamb, so I wanted to try one with just ground beef. I lightened up on the oregano to 1 tsp., because DH isn&#039;t really crazy about the flavor of it. I kneaded and worked the meat by slamming on the counter, then formed it in a loaf pan, and took it out and baked it on a wire rack. Worked perfectly. Thanks so much for posting.
I'm a vegetarian, but subbing the meat with a some textured veggie protein and chickpeas to make something like a felafel, I may be able to sneak this veggie meal past my husband(a meat and potato guy) and not have to cook two different "meats"(one soy based)...thanks for the help
Awesome recipe! DH says it would be the best recipe EVER if it was made with lamb instead of ground beef. Definitely a keeper!!
It was very good. I baked in the oven cause it was to cold out to grill. 4 stars only because it lacked a bit in flavor. Extra seasoning to the meat would help Def will make it again.
FANTASTIC!!! My husband and I serve these in naan bread!
WOW - this is fabulous and healthy too. I made homemade naan to serve in, but wouldn't mind just eating it breadless in a pile as a salad - with LOTS of the sauce. Now I do use my own sauce: 1 c. plain fat free yogurt, half english cuc peeled, grated and squeezed dry, 2 cloves garlic, onion powder, oregany, dill, salt, pepper and fresh lemon juice. I used turkey burger as many others had suggested and it was moist and flavorful. Also subbed napa cabbage for lettuce and liked that too. Definitely will make again - TOMORROW!
Great starting place. Next time, I think I'll hunt down some ground lamb and increase the spices. Definately add mint and lemon juice to the tzatzki sauce. Thanks for the good head start!
These tasted good, but the sauce needed something. I added a good squeeze of lemon juice. I wasn't sure how they would slice, but with a very sharp knife it was not a problem. The seasonings in the meat were just right, my DH actually asked "Is this lamb?" I smiled and said "It's good isn't it?"
Yummy! I used ground turkey (which DH said was a little dry, hence the 4 stars) and fresh minced garlic. I broiled oblong patties in the oven and topped them with my own tzatziki, crumbled feta, lettuce, tomato and red onions. This was so yummy and easy! We'll definitely have these again in our house - maybe next time with beef. Thanks for sharing the recipe!
Devoured! We made Greek pita bread (#203824) instead of store-bought pitas ... truly, truly enjoyed this meal! Meat and pitas can be made ahead of time and frozen for a super fast meal. This will be a regular on our menu.
We tried this recipe this evening. Once again, it was a hit! We love the Halifax-style donairs, and this reminded us very much of them. I was going to buy store-made tzatziki sauce to save time, but our store was all out. Being from the Maritimes, donair sauce is a regular find in our stores. We used that instead and our tummies are quite happy! Thanks!
This was great -- totally satisfied my gyro craving!
Huge hit with my hubby and myself.... Not so much with the kids... But who care and we will have this often!!! Big Yum!!!
We all (4 of us) loved it/ I did everything as described and it was perfect. Thank you I normally spend $4.00 for one gyro with 4 people eating at least 2 each that's alot of money. I can now make this at home on the cheap and they are just as good. Thank you.
I crave Gyros from time to time, never felt ambitious enough to try to make them myself. This recipe just looked too darn easy to pass up - and it delivered wonderfully. I prepared the sauce early in the day so the flavors had time to marry before dinner time. The difference between the taste immediately following preparation and the taste after it had been allowed to stew in the fridge for a couple of hours was remarkable. I highly recommend allowing the sauce this extra time, and tasting it after a bit so as to add another dash of sugar to cut the bitter taste of the yogurt a bit of necessary. Definitely satisfied my most recent craving! It's a keeper.
I cooked this for dinner today and it was a hit. I added some Italian seasoning, garlic powder and onion powder.
I made this recipe for dinner this evening, and it was a success. My husband and I both enjoyed it, and even our picky little 2 and 4 year old girls ate the meat from it (they aren't too big into the sandwich concept). Tastes a good deal like traditional gyro meat. I used ground sirloin (90% lean). Since it is winter, I broiled the meat in the oven--about 4-5 minutes. Sauce was tasty, and I did not find it overly sweet at all, as a few have mentioned. A nice accompaniment to the gyro. An easy meal to put together, and I will be making it again. Thanks for sharing.
Made this last night and everyone loved it. No leftovers! Made the hamburger patty's to fit the pita bread. I'm using the left over yogurt sauce on regular lunch sandwiches. Great weeknight meal.

Thank you
I've made this twice, once with ground beef and the 2nd time with ground lamb. Unfortunately they both didn't live up to a Gyro you would get if you ate out. It seems to be missing something but I'm not sure what. Thanks anyway.
My husband and I didn't like the sauce at all! It was too bland for our tastes. We ended up just putting ranch dressing on instead. Not high cuisine, but we liked the gyros a lot better without the sauce.
Very good! It had everyone at work drooling! LOL
This was SO darn good & easy!!! I also just made one flat meatloaf like patty. The meat was firm and easy to slice up. I'm impressed with the simplicity and authentic flavor of this recipe. Definitely deserves 5 stars!!
Thank you! UPDATE: I made this again, but this time I used a large flour tortilla to wrap it all in. It turned out to be much easier & less messy to eat than with the pita. I also used baby spinach in place of the lettuce for more nutrition.
My son was drawn out of his room to the wonderful smells of these burgers cooking. He said it smelled just like a greek restaurant. I mixed up the burger and seasonings and formed the patties a few hours ahead. These taste like authentic gyros, and they are really easy to make.
It was great. I love Gyros but my husband says it's like Greek version of hot dog meaning you don't know what's in it. So it's nice and simple and we all enjoyed.
I like garlic and lemon so I added both to the meat seasoning and yogurt sauce. Also, after reading the reviews I decided to spice up the meat with cumin, paprika and added an egg and bread crumbs to help the meat adhere together. I know I changed the recipe to suit our personal tastes, but I think that this is a good recipe and thank you for posting it.
These were good. We used tzatziki we already had, so didn't try the sauce recipe, but the meat was good. Baked in a meatloaf at 350 for about 40min. The meat didn't have much flavor, but in a pita with lots of veggies (especially red onions), and lots of tzatziki, it was a great fresh meal. Will also try with ground turkey.
We all loved these. I will makethis often this summer. Its a great way to enjoy burgers tahts different from the ordinary burgers on a bun. thank you for sharing.
Will definitely be doing this again. I used ground lamb and then made into a mini loaf, baked at 350 for 35 minutes and sliced very thinly. The sauce was also very good with a little lemon zest and fresh mint. Thank You.
Love it....10 stars, Also, you can OAMC this!!<br/><br/>make a very dense meatloaf with the meat, cook as usual cut in strips and flash freeze on wax paper. You can now take the frozen strips out and nuke until hot (all microwaves differ) put on pita and go.<br/><br/>Also the strips are Killer on salad!! <br/><br/>I make at least 5 lbs of this PER MONTH!!
I was on a sandwich kick for awhile and of course I had to try these! They were great with all the spices, due to a great mix of flavors. My wife likes doubling the recipe so we can have leftovers for work! Great idea too! Potzi
These were really good. And the cucumber sauce was GREAT. I think I might have overcooked the beef though, it was tough. Otherwise, great version of gyros
This tastes just like the real thing minus all the fat! SO easy and delicious!! I made mine into a long flat loaf like other reviewers. Baked at 350 for 35 min, let sit for a few minutes, and sliced thin. I made Olga Bread (from this site) to go with. I added a little bit of dill to the sauce and cut back on the sugar. I look forward to making this again! Thanks fo sharing!
I used this recipe to make turkey gyros, and it came out great. I used different recipe for tzatziki, because I don't like onions, but the meat itself I will definitely be making often. Thank you.
Love this recipe! It's so easy and tasty too. The hubby actually gets excited when he finds out it's what we're having for dinner.
I did not change a thing, and this was wonderful! We enjoyed both the sauce and the flavor of the meat itself! Thank you so much for posting your recipe, we will have it again and again!
